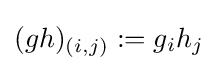
(gh)_{(i,j)}:=g_{i}h_{j}